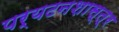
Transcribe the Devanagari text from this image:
पर्यटनशास्त्र